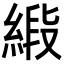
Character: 𦂰